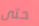
حتى